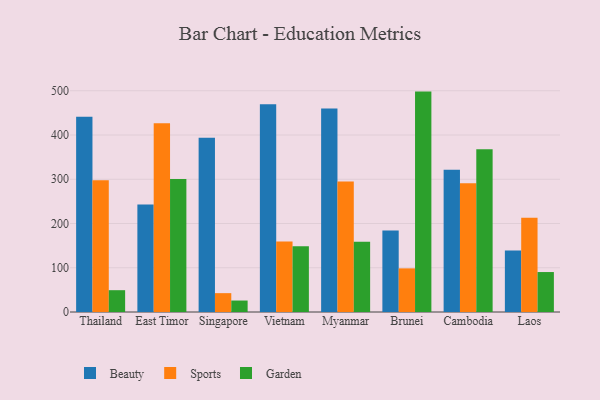
{"axis": {"x": "Country", "y": "Customer Acquisition Cost (USD)"}, "legend": ["Beauty", "Garden", "Sports"], "data": [{"x": "Thailand", "y": 441.5, "type": "Beauty"}, {"x": "Thailand", "y": 297.8, "type": "Sports"}, {"x": "Thailand", "y": 49.3, "type": "Garden"}, {"x": "East Timor", "y": 242.8, "type": "Beauty"}, {"x": "East Timor", "y": 426.5, "type": "Sports"}, {"x": "East Timor", "y": 300.6, "type": "Garden"}, {"x": "Singapore", "y": 393.8, "type": "Beauty"}, {"x": "Singapore", "y": 42.6, "type": "Sports"}, {"x": "Singapore", "y": 25.9, "type": "Garden"}, {"x": "Vietnam", "y": 469.3, "type": "Beauty"}, {"x": "Vietnam", "y": 159.1, "type": "Sports"}, {"x": "Vietnam", "y": 148.6, "type": "Garden"}, {"x": "Myanmar", "y": 460.0, "type": "Beauty"}, {"x": "Myanmar", "y": 294.9, "type": "Sports"}, {"x": "Myanmar", "y": 158.5, "type": "Garden"}, {"x": "Brunei", "y": 184.2, "type": "Beauty"}, {"x": "Brunei", "y": 98.6, "type": "Sports"}, {"x": "Brunei", "y": 498.1, "type": "Garden"}, {"x": "Cambodia", "y": 321.3, "type": "Beauty"}, {"x": "Cambodia", "y": 291.0, "type": "Sports"}, {"x": "Cambodia", "y": 367.7, "type": "Garden"}, {"x": "Laos", "y": 138.9, "type": "Beauty"}, {"x": "Laos", "y": 212.8, "type": "Sports"}, {"x": "Laos", "y": 90.3, "type": "Garden"}]}